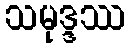
သမုဒ္ဒဿ